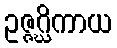
ဥဇ္ဇဂ္ဃိကာယ